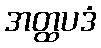
အတ္ထပဒံ